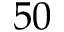
5 0